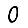
Digit: 0